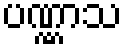
ပဏ္ဏာသ